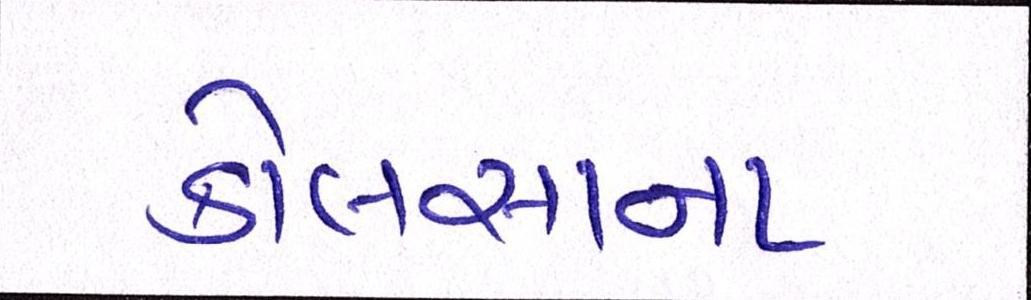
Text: કોલસાના